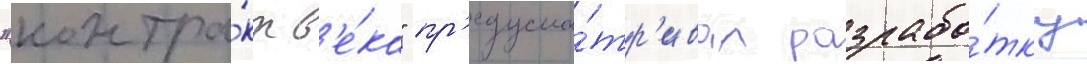
"контра́кт в'е́ка" пр'едусма́тр'ивал разрабо́тку